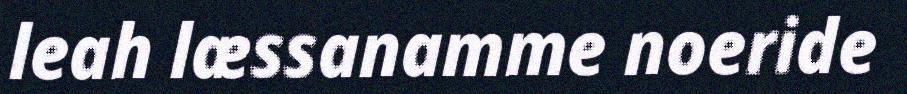
leah læssanamme noeride